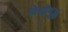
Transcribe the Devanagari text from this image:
विश्वॉयुद्ध